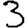
Digit: 3